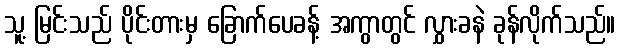
သူ့ မြင်းသည် ပိုင်းတားမှ ခြောက်ပေခန့် အကွာတွင် လွှားခနဲ ခုန်လိုက်သည်။